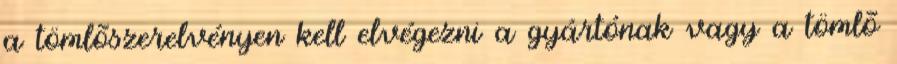
a tömlõszerelvényen kell elvégezni a gyártónak vagy a tömlõ